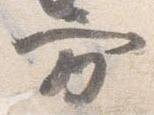
方